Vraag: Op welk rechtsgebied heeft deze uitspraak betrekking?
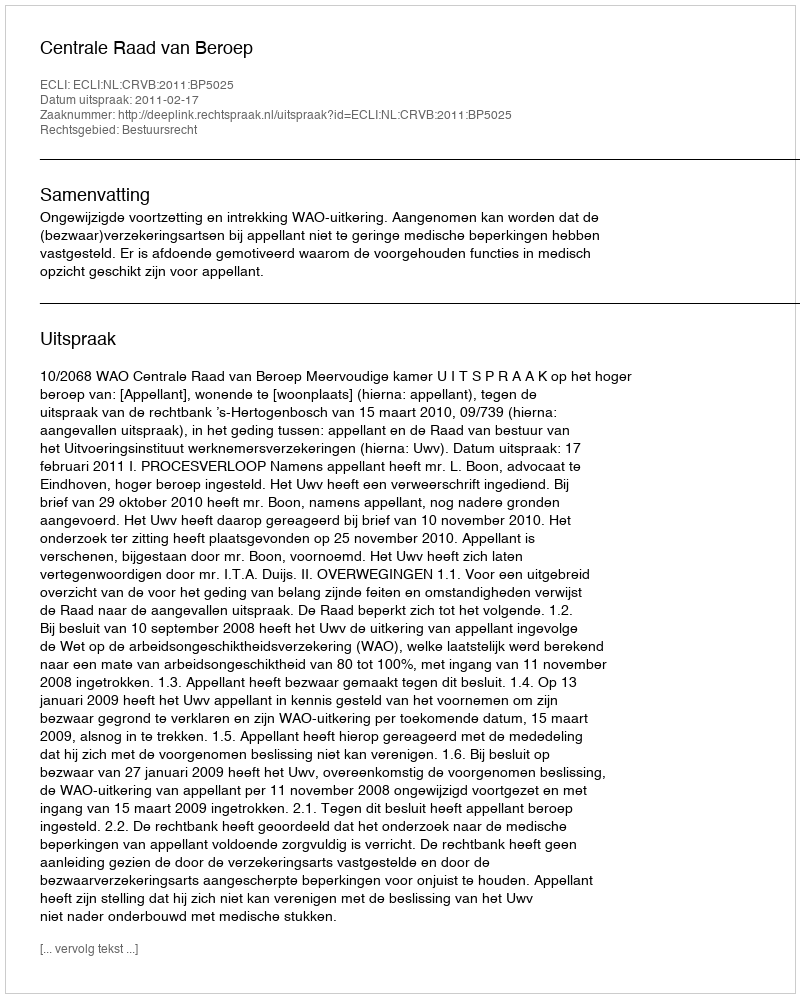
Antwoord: Bestuursrecht